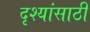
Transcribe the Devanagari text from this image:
दृश्यांसाठी